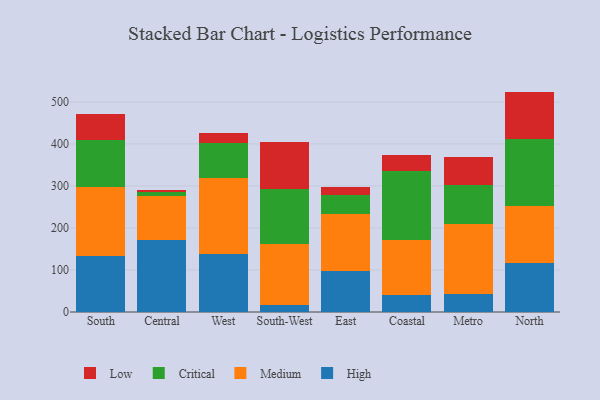
{"axis": {"x": "Region", "y": "Market Share (%)"}, "legend": ["Critical", "High", "Low", "Medium"], "data": [{"x": "South", "y": 133.9, "type": "High"}, {"x": "South", "y": 164.2, "type": "Medium"}, {"x": "South", "y": 110.5, "type": "Critical"}, {"x": "South", "y": 62.8, "type": "Low"}, {"x": "Central", "y": 172.5, "type": "High"}, {"x": "Central", "y": 102.6, "type": "Medium"}, {"x": "Central", "y": 9.6, "type": "Critical"}, {"x": "Central", "y": 6.9, "type": "Low"}, {"x": "West", "y": 138.7, "type": "High"}, {"x": "West", "y": 179.4, "type": "Medium"}, {"x": "West", "y": 85.4, "type": "Critical"}, {"x": "West", "y": 22.9, "type": "Low"}, {"x": "South-West", "y": 16.7, "type": "High"}, {"x": "South-West", "y": 144.9, "type": "Medium"}, {"x": "South-West", "y": 130.1, "type": "Critical"}, {"x": "South-West", "y": 112.6, "type": "Low"}, {"x": "East", "y": 98.6, "type": "High"}, {"x": "East", "y": 134.4, "type": "Medium"}, {"x": "East", "y": 46.5, "type": "Critical"}, {"x": "East", "y": 17.4, "type": "Low"}, {"x": "Coastal", "y": 40.7, "type": "High"}, {"x": "Coastal", "y": 130.9, "type": "Medium"}, {"x": "Coastal", "y": 165.3, "type": "Critical"}, {"x": "Coastal", "y": 36.4, "type": "Low"}, {"x": "Metro", "y": 42.5, "type": "High"}, {"x": "Metro", "y": 167.4, "type": "Medium"}, {"x": "Metro", "y": 93.6, "type": "Critical"}, {"x": "Metro", "y": 66.5, "type": "Low"}, {"x": "North", "y": 115.9, "type": "High"}, {"x": "North", "y": 135.9, "type": "Medium"}, {"x": "North", "y": 160.9, "type": "Critical"}, {"x": "North", "y": 112.1, "type": "Low"}]}